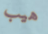
هيب